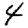
Digit: 4